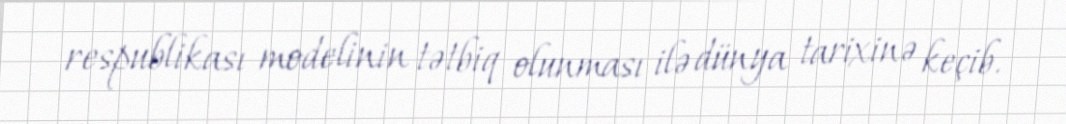
respublikası modelinin tətbiq olunması ilə dünya tarixinə keçib.